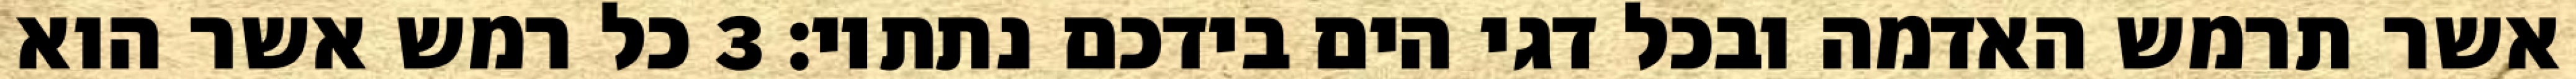
אשר תרמש האדמה ובכל דגי הים בידכם נתתיו׃ ‎3‏ כל רמש אשר הוא